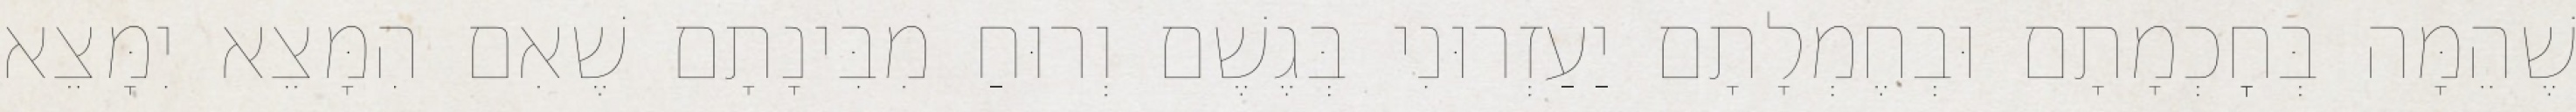
שֶׁהֵמָּה בְּחׇכְמָתָם וּבְחֶמְלָתָם יַעַזְרוּנִי בְּגֶשֶׁם וְרוּחַ מִבִּינָתָם שֶׁאִם הִמָּצֵא יִמָּצֵא